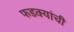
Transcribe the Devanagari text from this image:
फडक्यांची